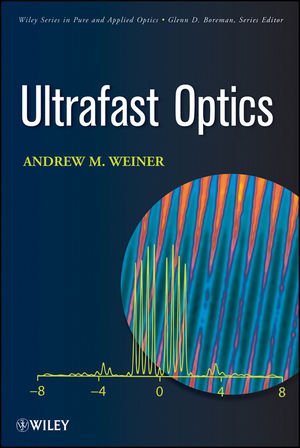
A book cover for Ultrafast Optics; Andrew Weiner; Science & Math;